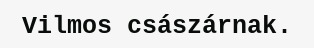
Vilmos császárnak.